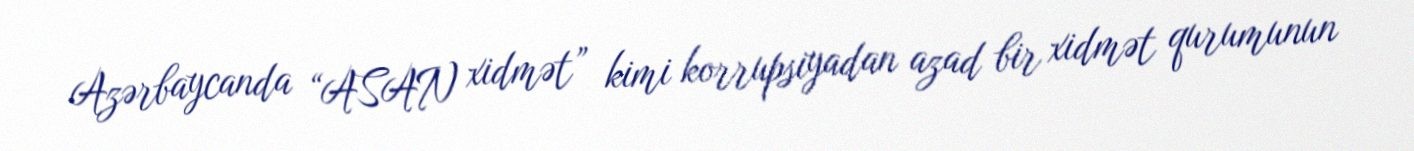
Azərbaycanda “ASAN xidmət” kimi korrupsiyadan azad bir xidmət qurumunun